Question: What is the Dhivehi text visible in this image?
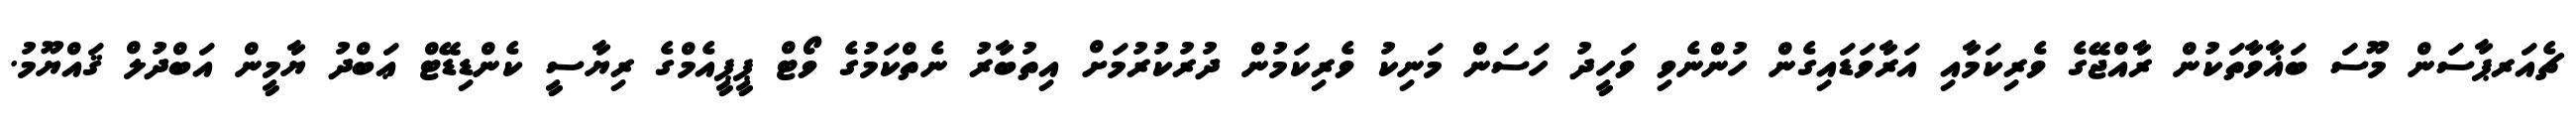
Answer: ޗެއަރޕާސަން މޫސަ ބަޣާވާތަކުން ރާއްޖޭގެ ވެރިކަމާއި އަރާވަޑައިގެން ހުންނެވި ވަހީދު ހަސަން މަނިކު ވެރިކަމުން ދުރުކުރުމަށް އިތުބާރު ނެތްކަމުގެ ވޯޓް ޕީޕީއެމްގެ ރިޔާސީ ކެންޑިޑޭޓް ޢަބްދު ޔާމީން އަބްދުލް ޤައްޔޫމު.